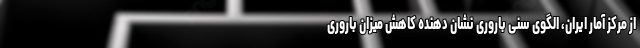
از مرکز آمار ایران، الگوی سنی باروری نشان دهنده کاهش میزان باروری